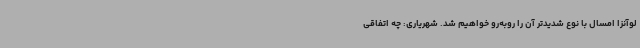
لوآنزا امسال با نوع شدیدتر آن را روبه‌رو خواهیم شد. شهریاری: چه اتفاقی